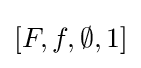
[F,f,\emptyset ,1]